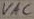
Text: VAC